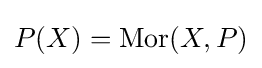
P(X)=\operatorname {Mor} (X,P)